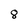
Character: 8